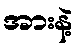
အားနဲ့